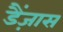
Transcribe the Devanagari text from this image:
डैंज़ास